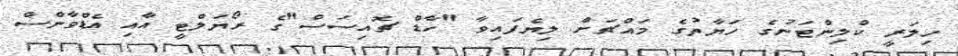
ހިލަރީ ކްލިންޓަނުގެ ހަޔާތުގެ މައްޗަށް ލިޔެފައިވާ "ހާޑް ޗޮއިސަސް"ގެ ރޯޔަލްޓީ އާއި އެޑްވާންސް